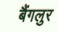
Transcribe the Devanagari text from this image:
बैंगलुर